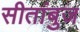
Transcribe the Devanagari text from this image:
सीतांबुज